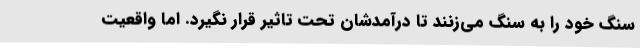
سنگ خود را به سنگ می‌زنند تا درآمدشان تحت تاثیر قرار نگیرد. اما واقعیت